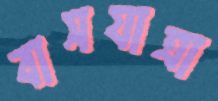
বাসযাত্রা